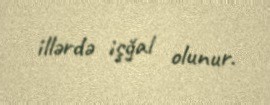
illərdə işğal olunur.